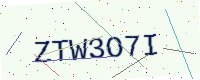
Text: ZTW3O7I